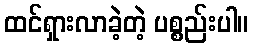
ထင်ရှားလာခဲ့တဲ့ ပစ္စည်းပါ။